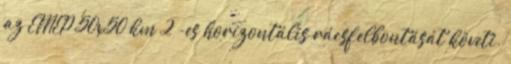
az EMEP 50x50 km 2 -es horizontális rácsfelbontását követi.